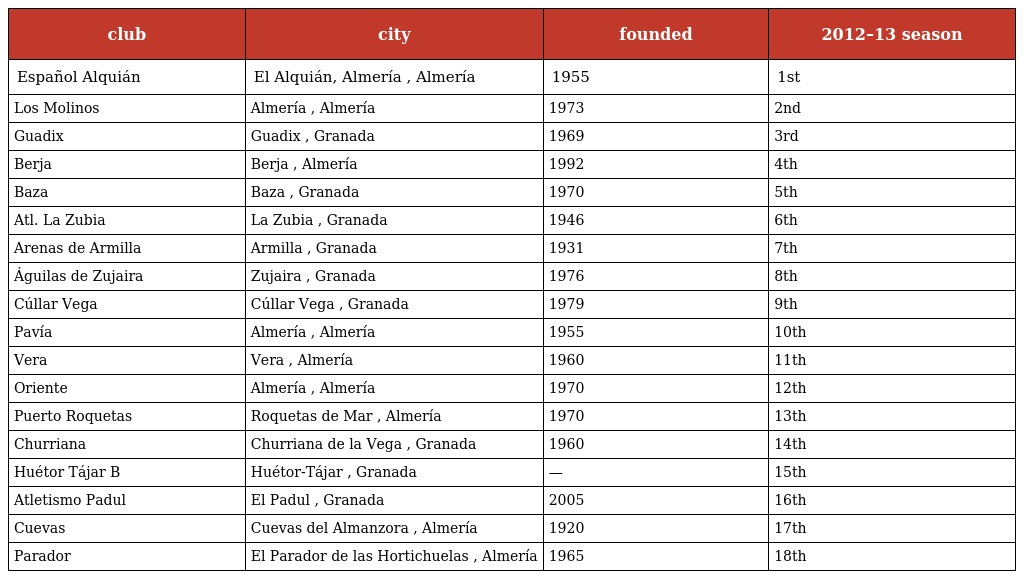
| club | city | founded | 2012–13 season |
 | --- | --- | --- | --- |
 | Español Alquián | El Alquián, Almería , Almería | 1955 | 1st |
 | Los Molinos | Almería , Almería | 1973 | 2nd |
 | Guadix | Guadix , Granada | 1969 | 3rd |
 | Berja | Berja , Almería | 1992 | 4th |
 | Baza | Baza , Granada | 1970 | 5th |
 | Atl. La Zubia | La Zubia , Granada | 1946 | 6th |
 | Arenas de Armilla | Armilla , Granada | 1931 | 7th |
 | Águilas de Zujaira | Zujaira , Granada | 1976 | 8th |
 | Cúllar Vega | Cúllar Vega , Granada | 1979 | 9th |
 | Pavía | Almería , Almería | 1955 | 10th |
 | Vera | Vera , Almería | 1960 | 11th |
 | Oriente | Almería , Almería | 1970 | 12th |
 | Puerto Roquetas | Roquetas de Mar , Almería | 1970 | 13th |
 | Churriana | Churriana de la Vega , Granada | 1960 | 14th |
 | Huétor Tájar B | Huétor-Tájar , Granada | — | 15th |
 | Atletismo Padul | El Padul , Granada | 2005 | 16th |
 | Cuevas | Cuevas del Almanzora , Almería | 1920 | 17th |
 | Parador | El Parador de las Hortichuelas , Almería | 1965 | 18th |